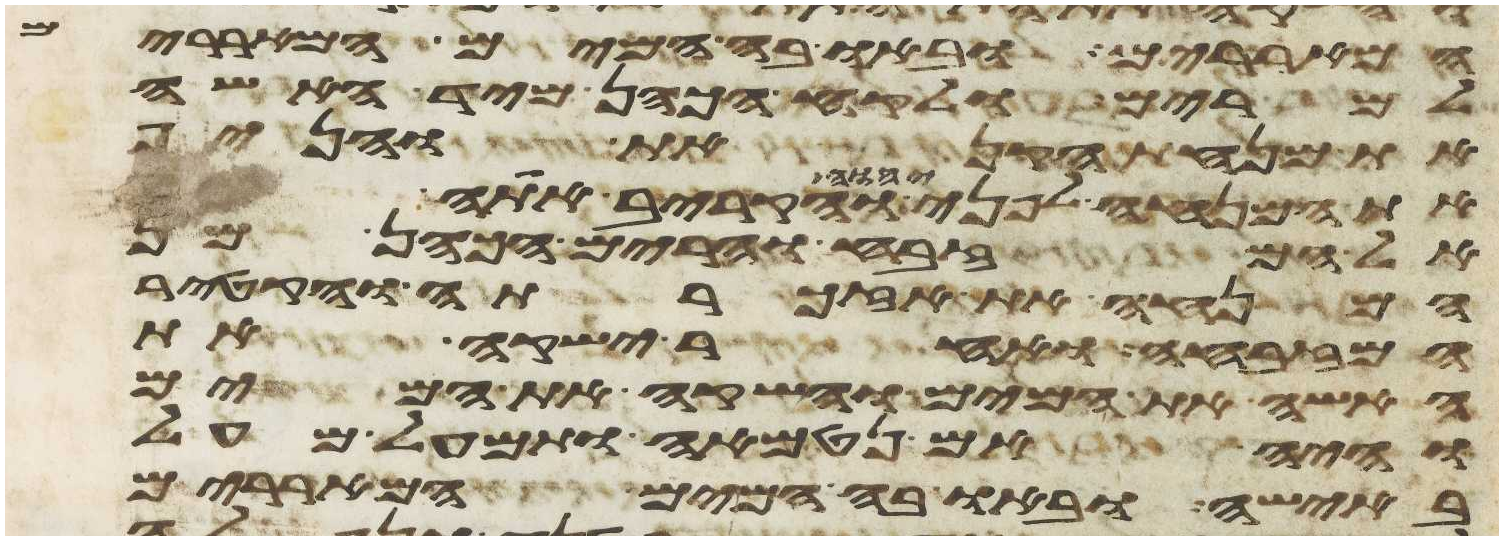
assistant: המאררים ובאו בה המים המאררים
למרים ולקח הכהן מיד האשה
את מנחת הקנאת והניף
את המנחה לפני יהוה והקריב אתה
אל המזבח והרים הכהן מן
המנחה את אזכרתה והקטיר
המזבחה ואחר ישקה את
האשה את המים והשקה את המים
והיה אם נטמאה ותמעל מעל
באישה ובאו בה המים המאררים